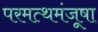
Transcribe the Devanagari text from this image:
परमत्थमंजूषा